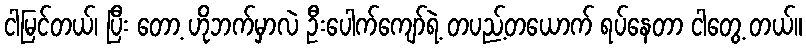
ငါမြင်တယ်၊ ပြီး တော့ ဟိုဘက်မှာလဲ ဦးပေါက်ကျော်ရဲ့ တပည့်တယောက် ရပ်နေတာ ငါတွေ့ တယ်။